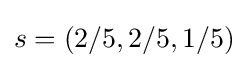
s=\left(2/5,2/5,1/5\right)